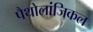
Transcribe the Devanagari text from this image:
पैथोलांजिकल